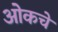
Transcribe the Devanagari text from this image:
ओकचे